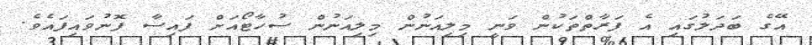
އޭގެ ބަދަލުގައި އެ ފަރާތްތަކުން ވަނީ މިލިއަނުން މިލިއަނުން ސުހާޓޯއަށް ފައިސާ ފޮނުވައިފައެވެ.